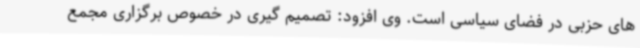
های حزبی در فضای سیاسی است. وی افزود: تصمیم گیری در خصوص برگزاری مجمع